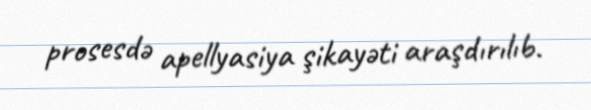
prosesdə apellyasiya şikayəti araşdırılıb.